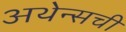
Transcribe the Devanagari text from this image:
अथेन्सची